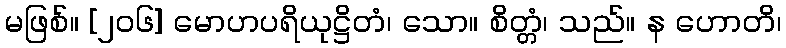
မဖြစ်။ [၂၀၆] မောဟပရိယုဋ္ဌိတံ၊ သော။ စိတ္တံ၊ သည်။ န ဟောတိ၊